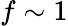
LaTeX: f\sim 1